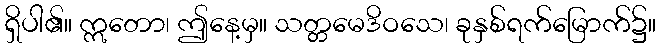
ရှိပါ၏။ ဣတော၊ ဤနေ့မှ။ သတ္တမေဒိဝသေ၊ ခုနှစ်ရက်မြောက်၌။